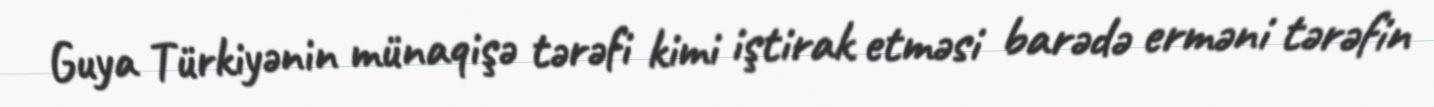
Guya Türkiyənin münaqişə tərəfi kimi iştirak etməsi barədə erməni tərəfin